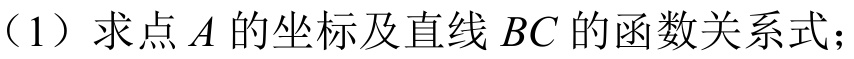
（1）求点\(A\)的坐标及直线\(BC\)的函数关系式；